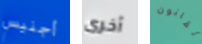
أجنيس أخرى لقانون